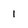
Character: l